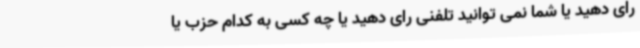
رای دهید یا شما نمی توانید تلفنی رای دهید یا چه کسی به کدام حزب یا